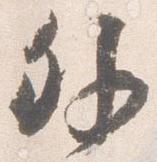
外